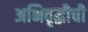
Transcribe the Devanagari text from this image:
अभिवृद्धीची